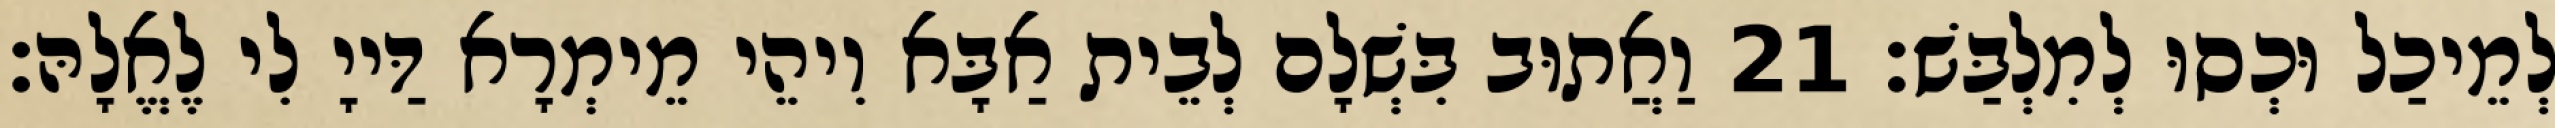
לְמֵיכַל וּכְסוּ לְמִלְבַּשׁ׃ 21 וַאֲתוּב בִּשְׁלָם לְבֵית אַבָּא וִיהֵי מֵימְרָא דַּייָ לִי לֶאֱלָהּ׃